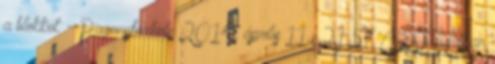
a blokkot. --Pagonyfoxhole 2014. április 11., 21:57 CEST Halkan